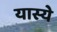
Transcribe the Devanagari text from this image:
यास्ये